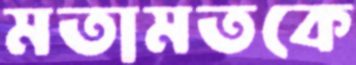
মতামতকে